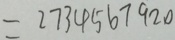
= 2 7 3 4 5 6 7 9 2 0